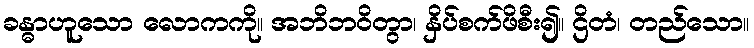
ခန္ဓာဟူသော လောကကို။ အဘိဘဝိတွာ၊ နှိပ်စက်ဖိစီး၍။ ဌိတံ၊ တည်သော။